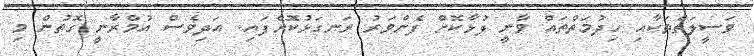
ވަސީލަތްތަކާއި ހިދުމަތްތައް ވާނީ ފުޅާކޮށް ފެންވަރު ރަނގަޅުކޮށްފައި. އަދިވެސް އުމްރާނީ ގޮތުން މި